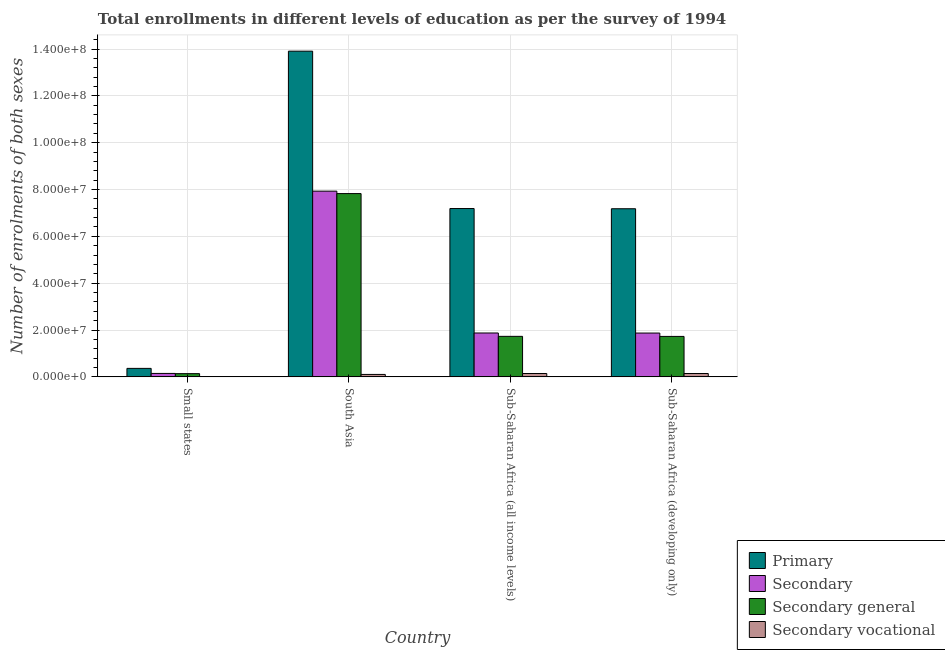
| Country | Primary | Secondary | Secondary general | Secondary vocational |
 | --- | --- | --- | --- | --- |
 | Small states | 3.62e+06 | 1.47e+06 | 1.38e+06 | 9.29e+04 |
 | South Asia | 1.39e+08 | 7.93e+07 | 7.83e+07 | 1.04e+06 |
 | Sub-Saharan Africa (all income levels) | 7.19e+07 | 1.87e+07 | 1.73e+07 | 1.44e+06 |
 | Sub-Saharan Africa (developing only) | 7.18e+07 | 1.87e+07 | 1.73e+07 | 1.44e+06 |